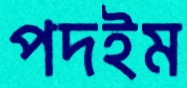
পদইম